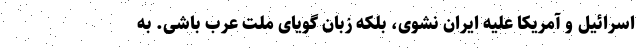
اسرائیل و آمریکا علیه ایران نشوی، بلکه زبان گویای ملت عرب باشی. به